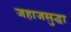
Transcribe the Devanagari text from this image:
जहाजसुद्धा